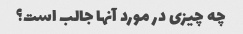
چه چیزی در مورد آنها جالب است؟